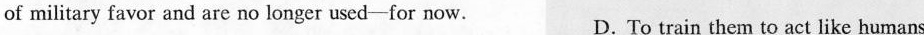
of military favor and are no longer used-for now. D. To train them to act like humans.